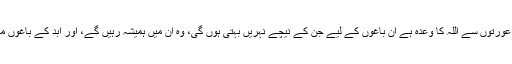
اِن مومن مردوں اور مومن عورتوں سے اللہ کا وعدہ ہے اُن باغوں کے لیے جن کے نیچے نہریں بہتی ہوں گی، وہ اُن میں ہمیشہ رہیں گے، اور ابد کے باغوں میں پاکیزہ مکانوں کے لیے۔